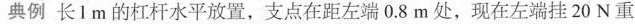
典例 长l m的杠杆水平放置，支点在距左端0.8m处，现在左端挂20N重